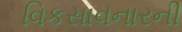
વિકસાવનારની